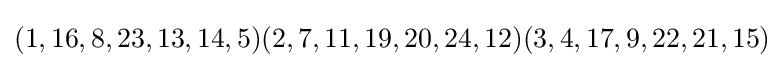
(1,16,8,23,13,14,5)(2,7,11,19,20,24,12)(3,4,17,9,22,21,15)